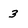
Character: 3